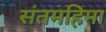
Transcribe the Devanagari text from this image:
संतमहिमा